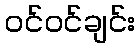
ဝင်ဝင်ချင်း